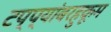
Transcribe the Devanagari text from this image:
टप्प्यांबरहुकूम